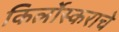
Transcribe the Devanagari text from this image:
किर्लोस्कराचे